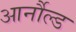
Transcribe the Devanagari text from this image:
आर्नौल्ड